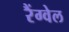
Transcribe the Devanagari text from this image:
रैंग्वेल